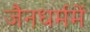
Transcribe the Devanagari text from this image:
जैनधर्ममें